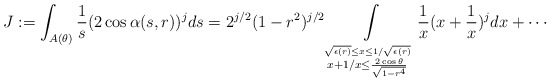
\begin{align*} J:=\int_{A(\theta)}\frac 1s (2\cos\alpha(s,r))^j ds=2^{j/2}(1-r^2)^{j/2} \int\limits_{\stackrel{\sqrt{\epsilon(r)} \leq x\leq 1/\sqrt{\epsilon(r)}}{x+1/x\leq \frac{2\cos\theta}{\sqrt{1-r^4}}}} \frac 1x(x+\frac 1x)^j dx+\cdots\end{align*}